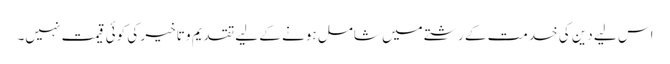
اس لیے دین کی خدمت کے رشتے میں شامل ہونے کے لیے تقدیم و تاخیر کی کوئی قیمت نہیں۔